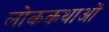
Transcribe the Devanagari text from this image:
लोककथाआें